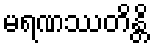
မရဏဿတိန္တိ